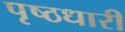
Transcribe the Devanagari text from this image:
पृष्ठधारी